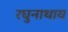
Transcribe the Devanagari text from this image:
रघुनाथाय